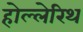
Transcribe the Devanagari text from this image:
होल्लेरिथ